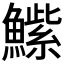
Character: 𮬒